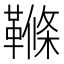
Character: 𩌜